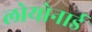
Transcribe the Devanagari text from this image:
लोयोनार्ड